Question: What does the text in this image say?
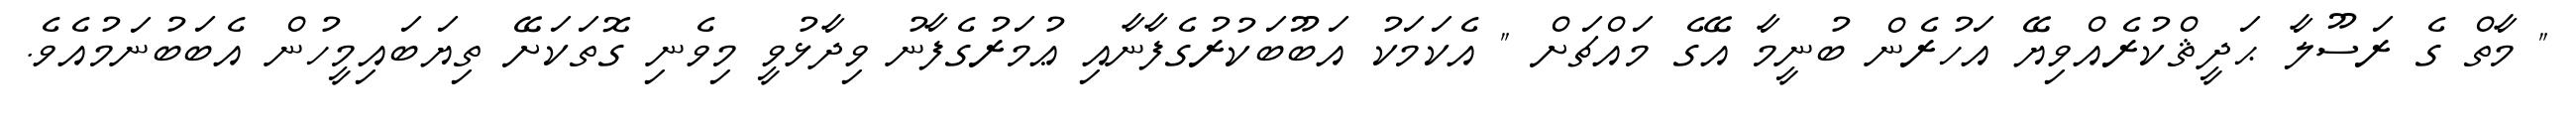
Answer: " މާތް ގެ ރަސޫލާ ޙަދީޘްކުރެއްވިޔޭ އަހުރެން ބުނީމާ އޭގެ މައްޗަށް " އެކަމަކު އަބޫބަކުރުގެފާނާއި ޢުމަރުގެފާނު ވިދާޅުވީ މިވެނި ގޮތަކަށޭ ތިޔަބައިމީހުން އެބަބުނަމުއެވެ.